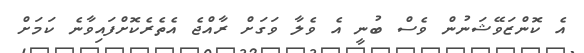
އެ ކޮންޒަވޭޝަނުން ވެސް ބުނީ އެ ވެލާ ވަގަށް ރާއްޖެ އެތެރެކޮށްފައިވާނެ ކަމަށް